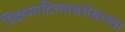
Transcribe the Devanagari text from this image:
विक्रमादित्याबरोबरच्या